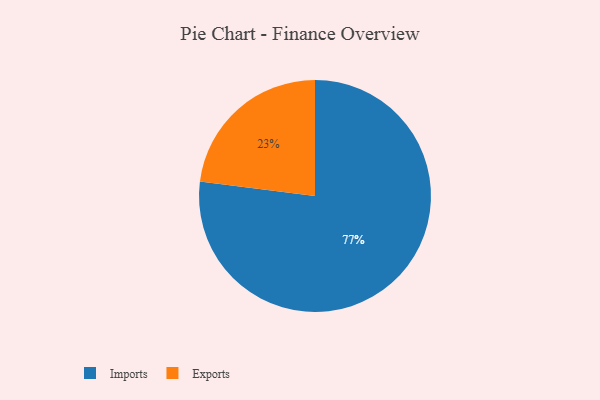
{"axis": {"x": "Category", "y": "Percentage"}, "legend": ["Exports", "Imports"], "data": [{"x": "Exports", "y": 23, "type": "Exports"}, {"x": "Imports", "y": 77, "type": "Imports"}]}